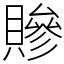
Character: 贂